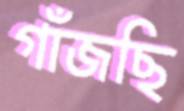
গাঁজছি